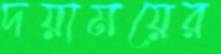
দয়াময়ের